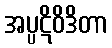
အပ္ပဋိဝိဒိတာ